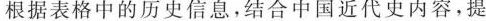
根据表格中的历史信息，结合中国近代史内容，提